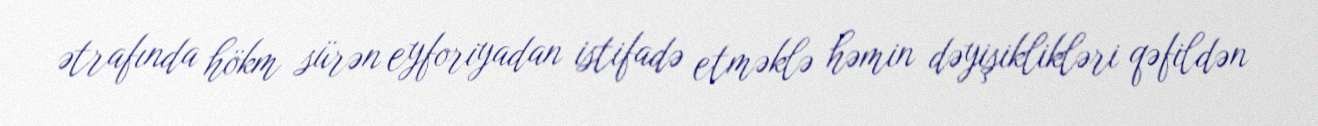
ətrafında hökm sürən eyforiyadan istifadə etməklə həmin dəyişiklikləri qəfildən